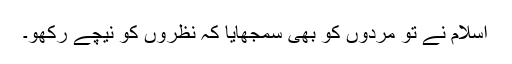
اسلام نے تو مردوں کو بھی سمجھایا کہ نظروں کو نیچے رکھو۔